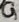
Text: G